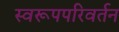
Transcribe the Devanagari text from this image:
स्वरूपपरिवर्तन